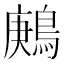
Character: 鶊